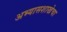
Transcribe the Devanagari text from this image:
अभ्यासशाखेचा